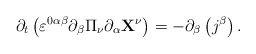
\begin{align*}\partial _{t}\left( \varepsilon ^{0\alpha \beta }\partial _{\beta }\Pi _{\nu}\partial _{\alpha }\mathbf{X}^{\nu }\right) =-\partial _{\beta }\left(j^{\beta }\right) .\end{align*}